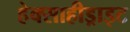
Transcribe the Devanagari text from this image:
हेक्साहीड्राइट